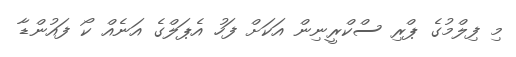
މި ފިލްމުގެ ޕްރި ސްކްރީނިން އަކަށް ފަހު އެޕަލްގެ އަނެއް ކޯ ފައުންޑާ